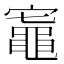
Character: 𬹟